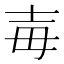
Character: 毐